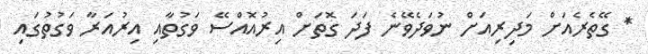
* ގޭތެރެއަށް މަދިރިއަށް ނުވަދެވޭނެ ފަދަ ގޮތަށް އިރުއޮއްސޭ ވަގުތާއި އިރުއަރާ ވަގުތުގައި